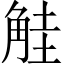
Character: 觟